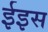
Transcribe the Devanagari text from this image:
ईइस